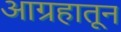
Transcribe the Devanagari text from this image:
आग्रहातून